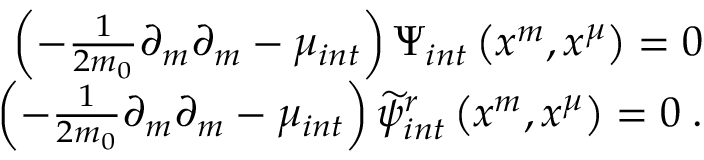
\begin{array} { r } { \left( - \frac { 1 } { 2 m _ { 0 } } \partial _ { m } \partial _ { m } - \mu _ { i n t } \right) \Psi _ { i n t } \left( x ^ { m } , x ^ { \mu } \right) = 0 } \\ { \left( - \frac { 1 } { 2 m _ { 0 } } \partial _ { m } \partial _ { m } - \mu _ { i n t } \right) \widetilde { \psi } _ { i n t } ^ { r } \left( x ^ { m } , x ^ { \mu } \right) = 0 \; . } \end{array}